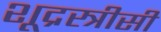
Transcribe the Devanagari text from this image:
शूद्रस्त्रीसी